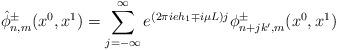
LaTeX: \begin{align*}\hat\phi^\pm_{n,m} (x^0,x^1)=\sum_{j=-\infty}^{\infty}e^{(2\pi ieh_1\mp i\mu L)j}\phi^\pm_{n+jk',m}(x^0,x^1)\end{align*}